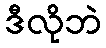
ဒီလိုဘဲ